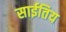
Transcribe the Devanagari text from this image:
साईतिय